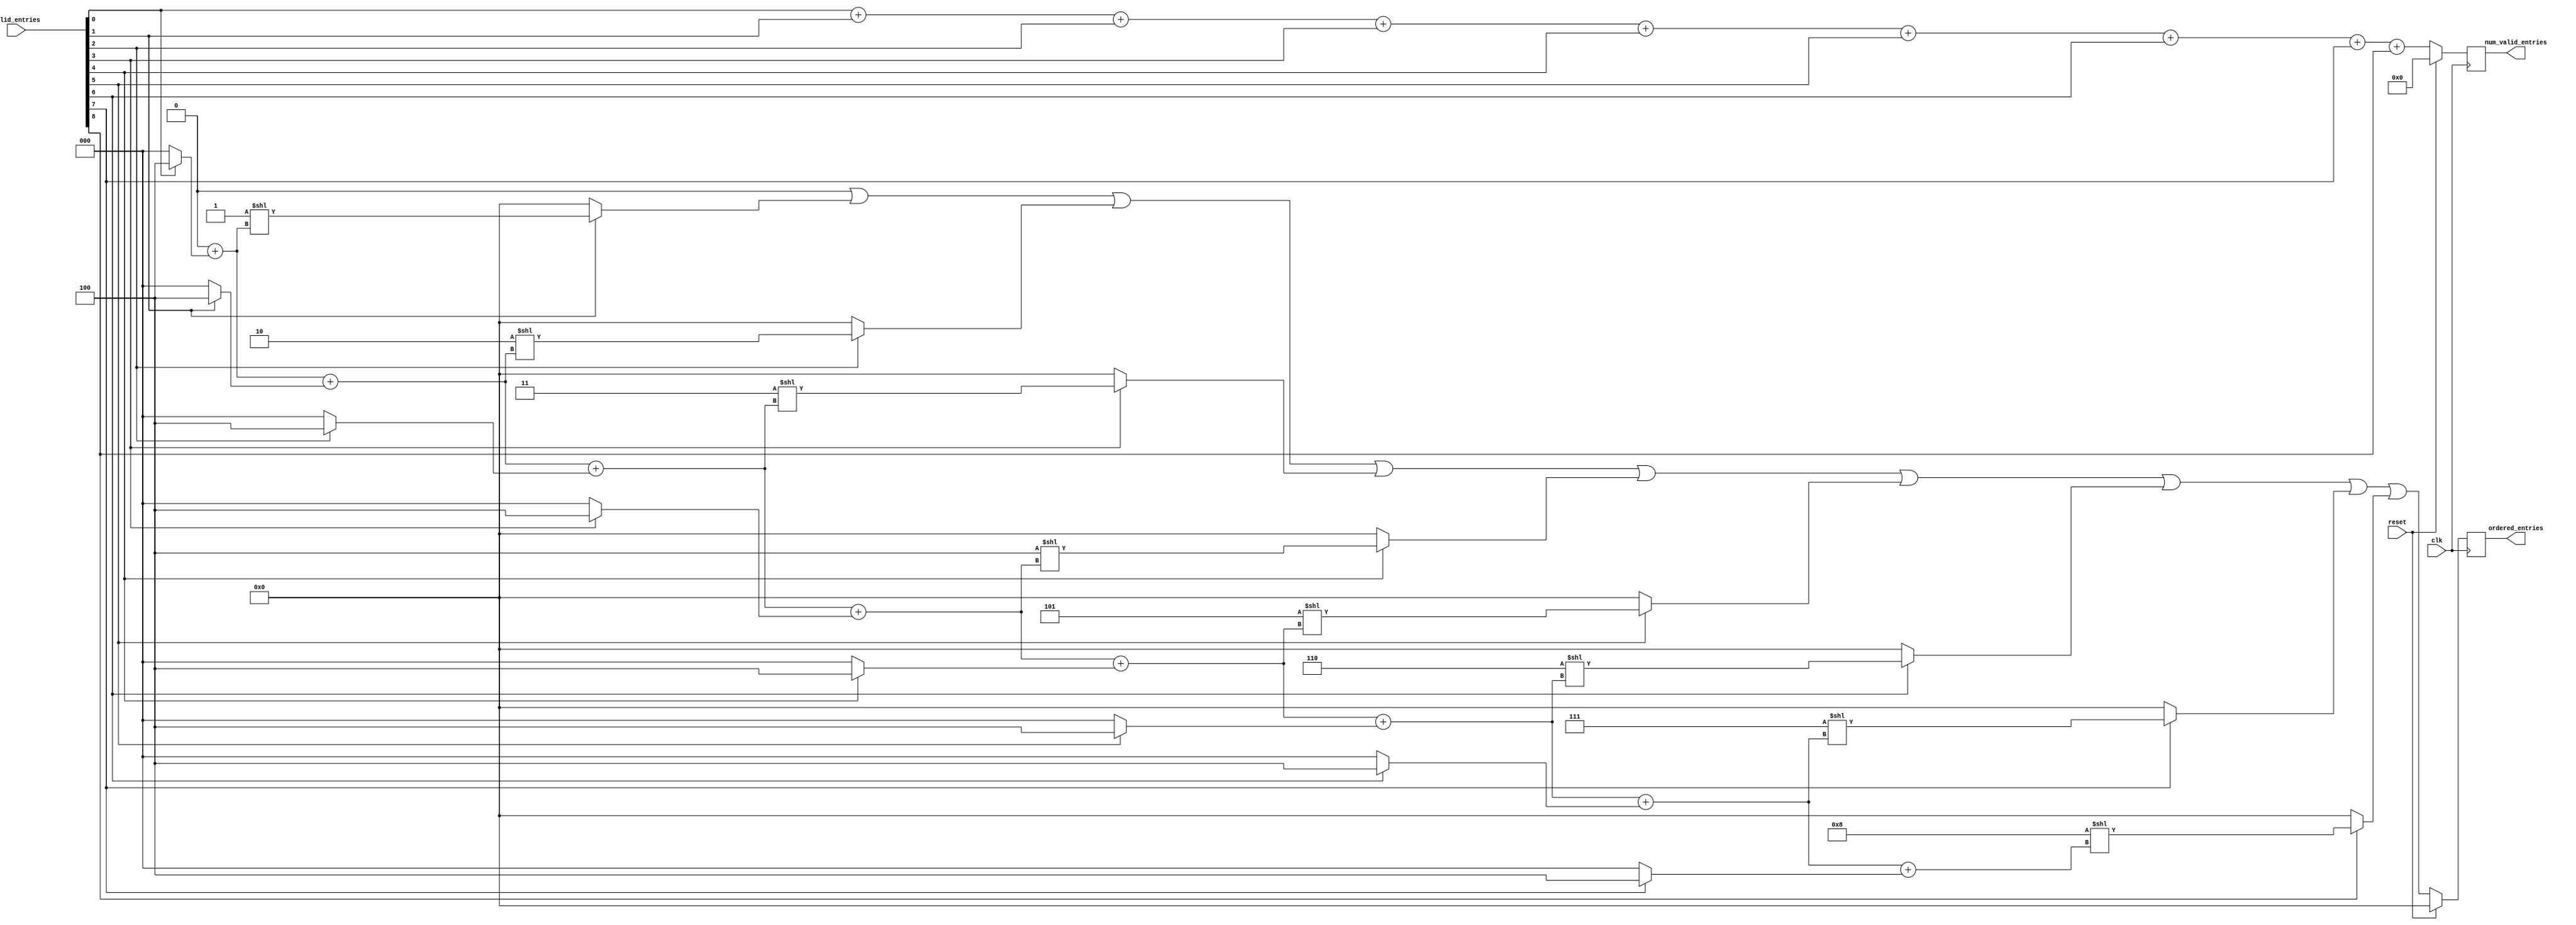
///////////////////////////////////////////////////////////////////////////////
// $Id: parametrizable_packer.v 1887 2007-06-19 21:33:32Z grg $
//
// Module: parametrizable_packer.v
// Project: event capture
// Description: Packs a set of entries, removing invalid entries
//
///////////////////////////////////////////////////////////////////////////////


module parametrizable_packer

    #(parameter NUM_ENTRIES = 9,
      parameter NUM_ENTRIES_SIZE = log2(NUM_ENTRIES),
      parameter ALL_ENTRIES_SIZE = NUM_ENTRIES*NUM_ENTRIES_SIZE)

      ( input  [NUM_ENTRIES-1:0]             valid_entries,
        output reg [ALL_ENTRIES_SIZE-1:0]    ordered_entries,
        output reg [log2(NUM_ENTRIES+1)-1:0] num_valid_entries,
        input clk,
        input reset);

   function integer log2;
      input integer number;
      begin
         log2=0;
         while(2**log2<number) begin
            log2=log2+1;
         end
      end
   endfunction // log2

   wire [log2(ALL_ENTRIES_SIZE)-1:0]  size_valid_before_entry[NUM_ENTRIES-1:0];
   wire [log2(NUM_ENTRIES+1)-1:0]     num_valid_at_entry[NUM_ENTRIES-1:0];
   wire [ALL_ENTRIES_SIZE-1:0]        shifted_entries [NUM_ENTRIES-1:0];
   wire [ALL_ENTRIES_SIZE-1:0]        ORed_entries [NUM_ENTRIES-1:0];
   wire [NUM_ENTRIES_SIZE-1:0]        entry_num [NUM_ENTRIES-1:0];

   generate
      genvar i;
      for(i=0; i<NUM_ENTRIES; i=i+1) begin: count_valid
         // get the number of valid entries before each entry so we know
         // how much it needs to be shifted by
         if(i==0)
           assign size_valid_before_entry[i] = 0;
         else
           assign size_valid_before_entry[i] = size_valid_before_entry[i-1] + (valid_entries[i-1] ? NUM_ENTRIES_SIZE : 0);

         if(i==0)
           assign num_valid_at_entry[i] = valid_entries[i];
         else
           assign num_valid_at_entry[i] = num_valid_at_entry[i-1] + valid_entries[i];

         // shift each entry's number by the number of zeros found (set invalid entries to zero)
         assign entry_num[i] = i;
         assign shifted_entries[i] = valid_entries[i] ? ({{(ALL_ENTRIES_SIZE-NUM_ENTRIES_SIZE){1'b0}}, entry_num[i]} << size_valid_before_entry[i]) : 0;

         // OR the shifted entries to get the final
         if (i==0)
           assign ORed_entries[i] = shifted_entries[i];
         else
           assign ORed_entries[i] = ORed_entries[i-1] | shifted_entries[i];

      end // block: count_zeros
   endgenerate

   always @(posedge clk) begin
      if(reset) begin
         ordered_entries <= 0;
         num_valid_entries <= 0;
      end
      else begin
         ordered_entries <= ORed_entries[NUM_ENTRIES-1];
         num_valid_entries <= num_valid_at_entry[NUM_ENTRIES-1];
      end
   end // always @ (posedge clk)

endmodule // parametrizable_packer